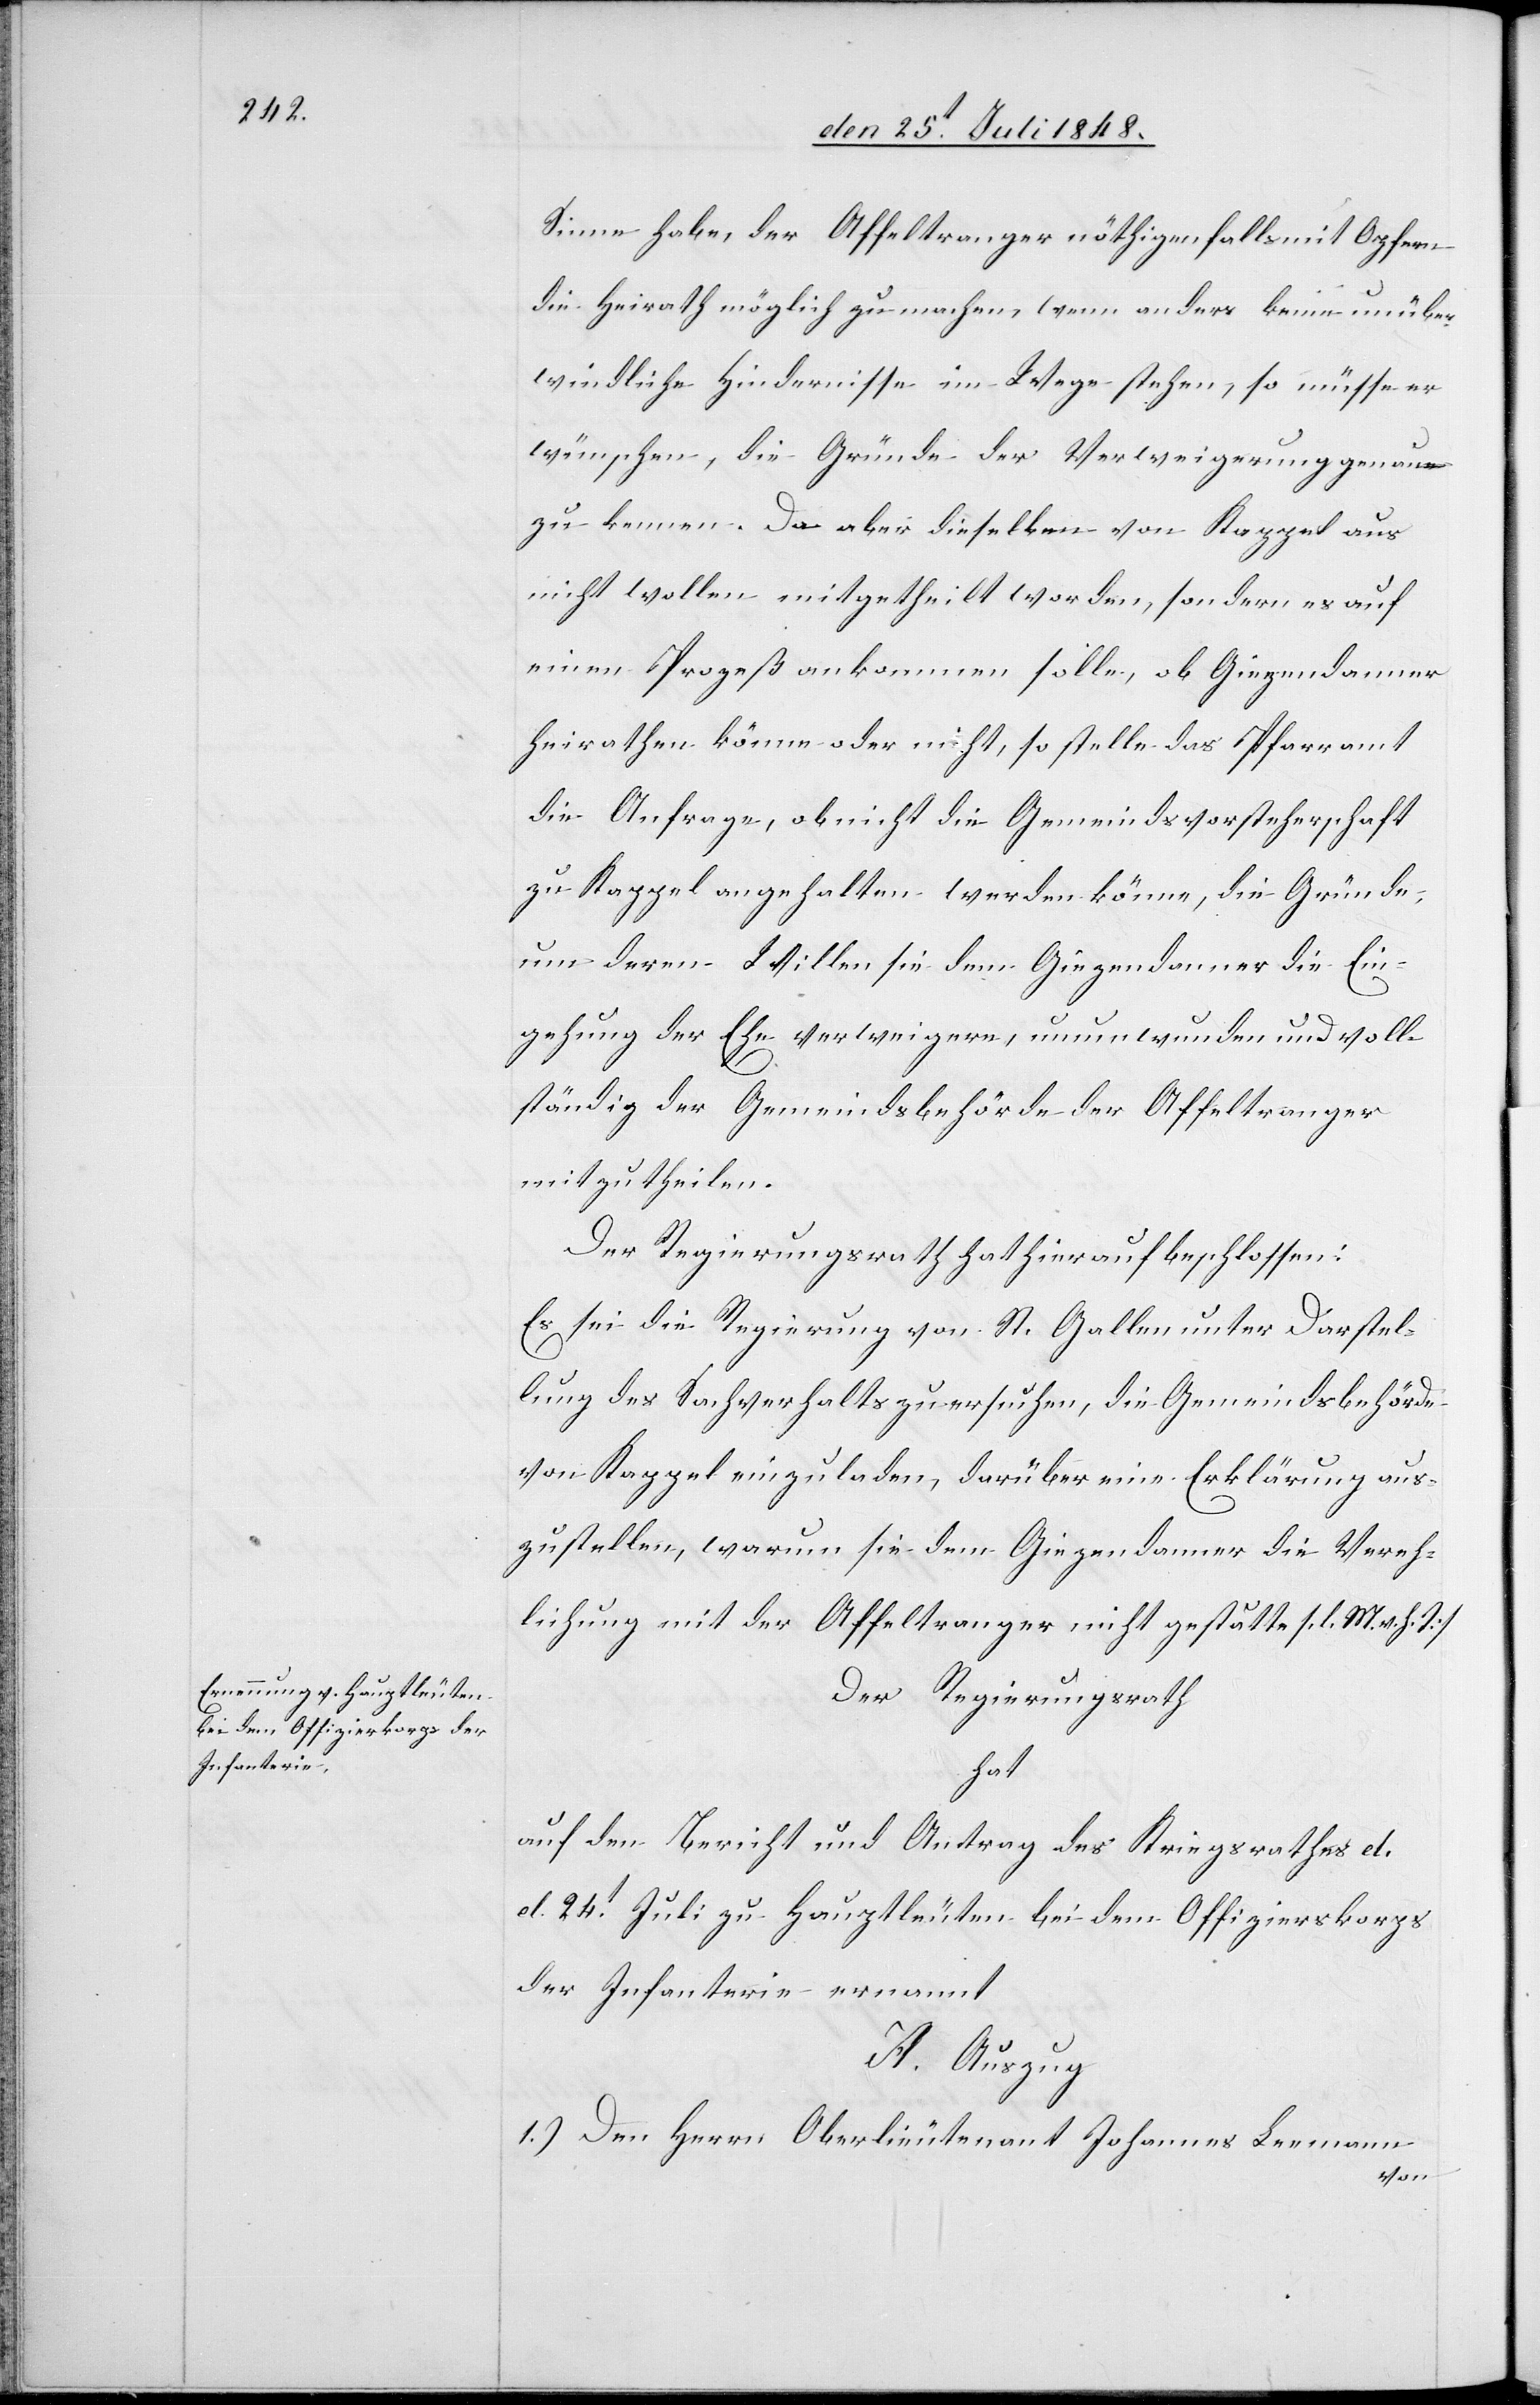
Sinne habe, der Affeltranger nöthigenfalls mit Opfern
die Heirath möglich zu machen, wenn anders keine unüber¬
windliche[n] Hindernisse im Wege stehen, so müsse es
wünschen, die Gründe der Verweigerung genau
zu kennen. Da aber dieselben von Kappel aus
nicht wollen mitgetheilt worden [sic!], sondern es auf
einen Prozeß ankommen solle, ob Giegendanner
heirathen könne oder nicht, so stelle das Pfarramt
die Anfrage, ob nicht die Gemeindsvorsteherschaft
zu Kappel angehalten werden könne, die Gründe
um deren Wille sie dem Giegendanner die Ein¬
gehung der Ehe verweigere, unumwunden und voll¬
ständig der Gemeindsbehörde der Affeltranger
mitzutheilen.
Der Regierungsrath hat hierauf beschlossen:
Es sei die Regierung von St. Gallen unter Darstel¬
lung des Sachverhalts zu ersuchen, die Gemeindsbehörde
von Kappel einzuladen, darüber eine Erklärung aus¬
zustellen, warum sie dem Giegendanner die Vereh¬
lichung mit der Affeltranger nicht gestatte. [l. M. v. h.
Der Regierungsrath
hat
auf den Bericht und Antrag des Kriegsrathes d.
d. 24t Juli zu Hauptleuten bei dem Offizierskorps
der Infanterie ernannt
A. Auszug
1.) Den Herrn Oberlieutenant Johannes Leemann